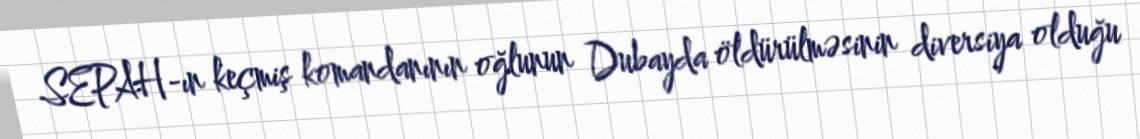
SEPAH-ın keçmiş komandanının oğlunun Dubayda öldürülməsinin diversiya olduğu